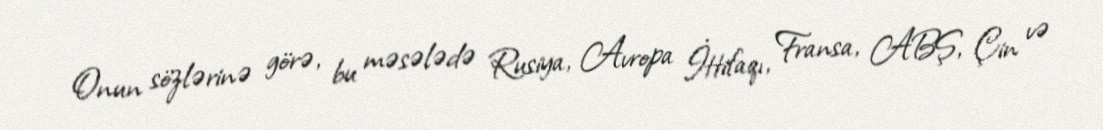
Onun sözlərinə görə, bu məsələdə Rusiya, Avropa İttifaqı, Fransa, ABŞ, Çin və